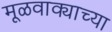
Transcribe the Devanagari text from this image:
मूळवाक्याच्या